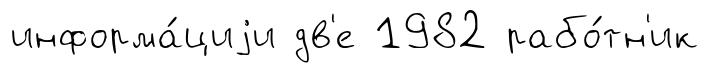
информа́циjи дв'е 1982 рабо́тн'ик